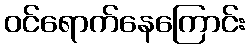
ဝင်ရောက်နေကြောင်း